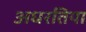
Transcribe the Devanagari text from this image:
अधरतिया